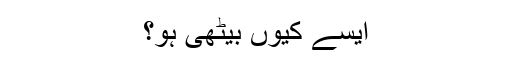
ایسے کیوں بیٹھی ہو؟